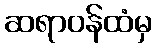
ဆရာဝန်ထံမှ